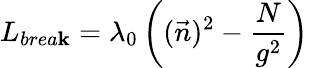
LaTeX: L_{brea\mathbf{k}}=\lambda_{0}\left((\vec{{n}})^{2}-\frac{{N}}{{g^{2}}}\right)